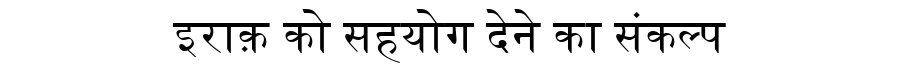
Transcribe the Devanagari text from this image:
इराक़ को सहयोग देने का संकल्प